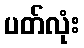
ပတ်လုံး